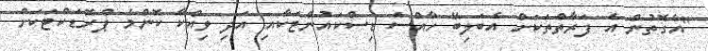
"އެގޮތުން އެެ ފަރާތްތަކަށް އެބަލިބޭ ހާއްސަ ޑިސްކައުންޓަކާއި އަދި ވިއްކާ ކޮންމެ ޕްރޮޑަކްޓަކަށް